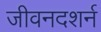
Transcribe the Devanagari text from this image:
जीवनदशर्न